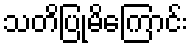
သတိပြုမိကြောင်း